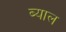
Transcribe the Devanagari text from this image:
ब्‍याल